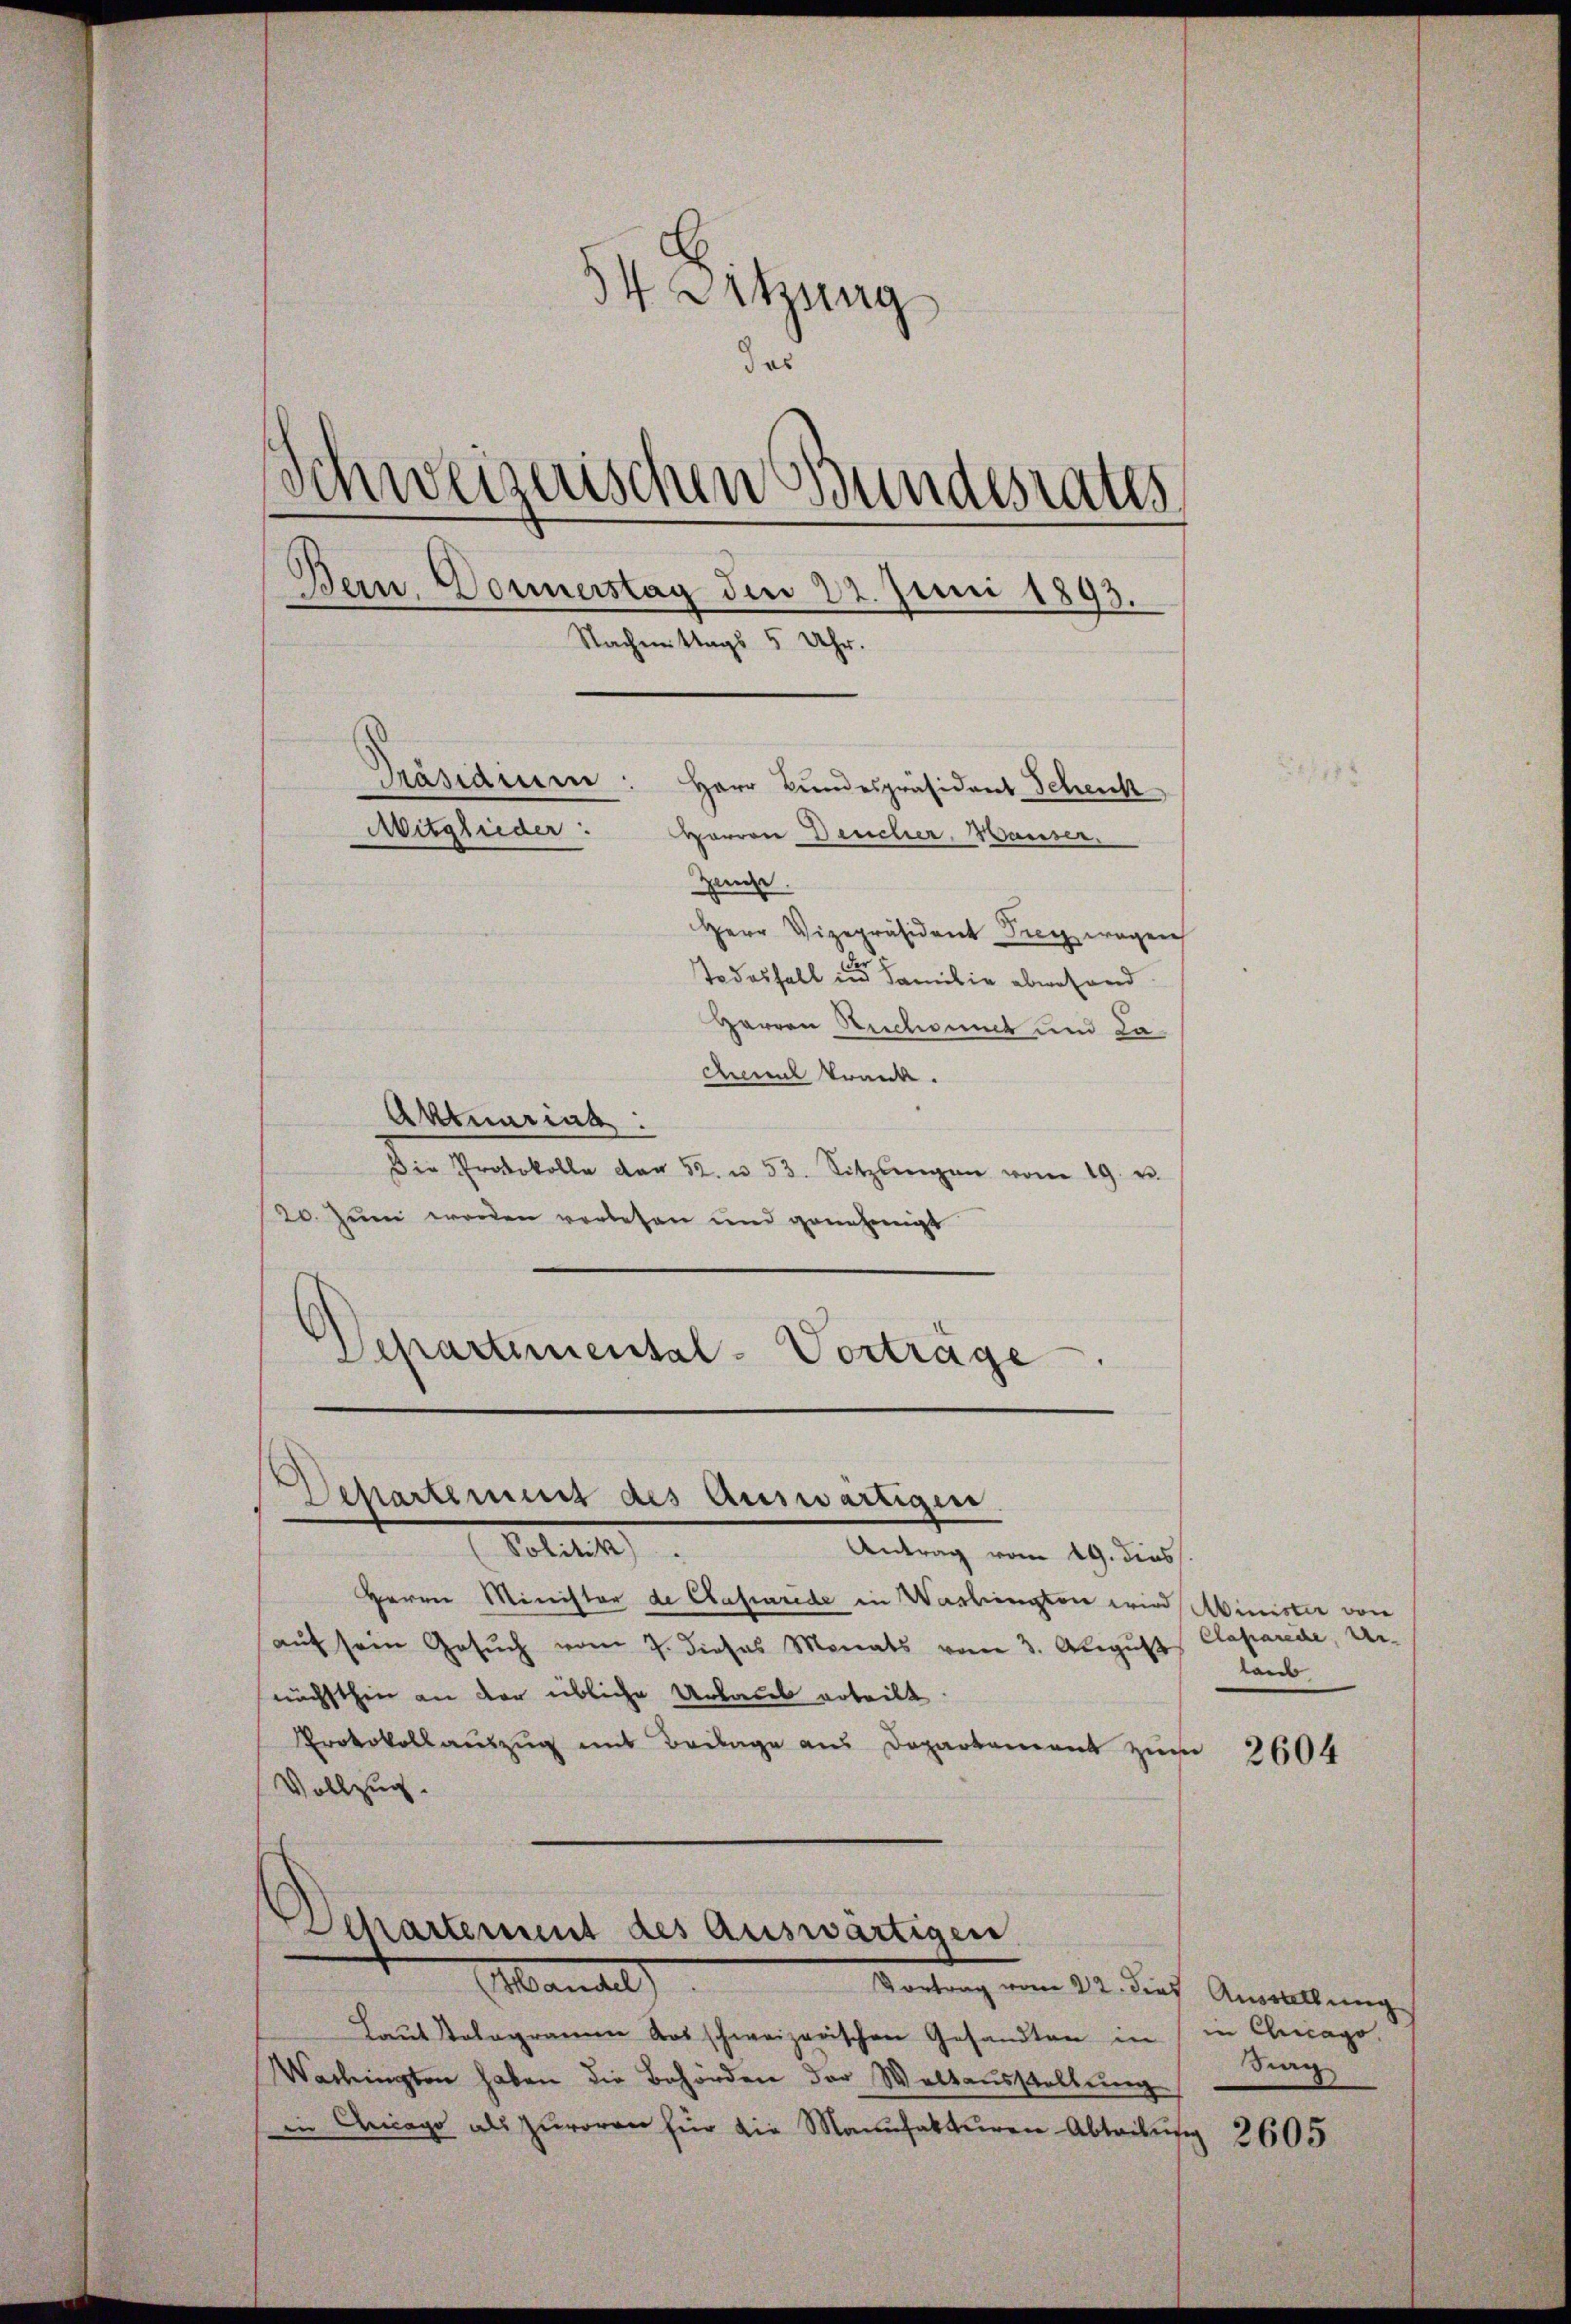
54 Sitzung
das
e
Schweizerischen Bundesrates
Bern, Donnerstag den 22. Juni 1893.
Nachmittags 5 Uhr.
Präsidium: Herr Bundespräsident Schenk
Mitglieder: Herron Deucher, Hauser.
Zeuche.
Herr Vizepräsident Drey wegen
Todesfall in Familie abwesend

Herren Rechanik und Lachmal krank.
Aktuarina
Die Protokolle dan 52. u. 53. Sitzlingen vom 19. v.
20. Juni werden vorlesen und genehmigt
epartemental-Vorträge
.

Departement des Auswärtigen.

Lelek
Antrag vom 19. dies
Herrn Minister de Classurede in Washington wird Minister von
aŭf sein Gesŭch vom 7. dieses Monats vom 3. August Caparede, Ur-
nächsthin an der übliche Urbares erteilt.
Protokollauszug mit Beilage aus Doparkament zur
Vollzug.

Departement des Auswärtigen
Mandel
Vortrag vom 22. dies

Laut Kologramm das schweizerischen Gesandten in in Chicago
Wachingten haben die Behörden der Waltausstellung
in Chicago als zuvoran für die Manufakturen-Abtribung

laub

2604

Auswallung
Srag

2605